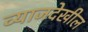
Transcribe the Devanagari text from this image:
व्याजदेखील